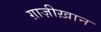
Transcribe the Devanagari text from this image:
ग़ाज़ीख़ान